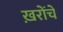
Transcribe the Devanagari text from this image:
ख़रोंचे